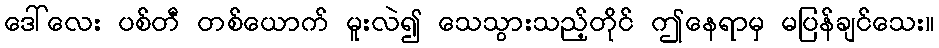
ဒေါ်လေး ပစ်တီ တစ်ယောက် မူးလဲ၍ သေသွားသည့်တိုင် ဤနေရာမှ မပြန်ချင်သေး။